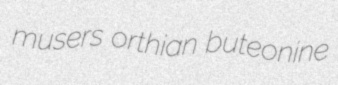
musers orthian buteonine